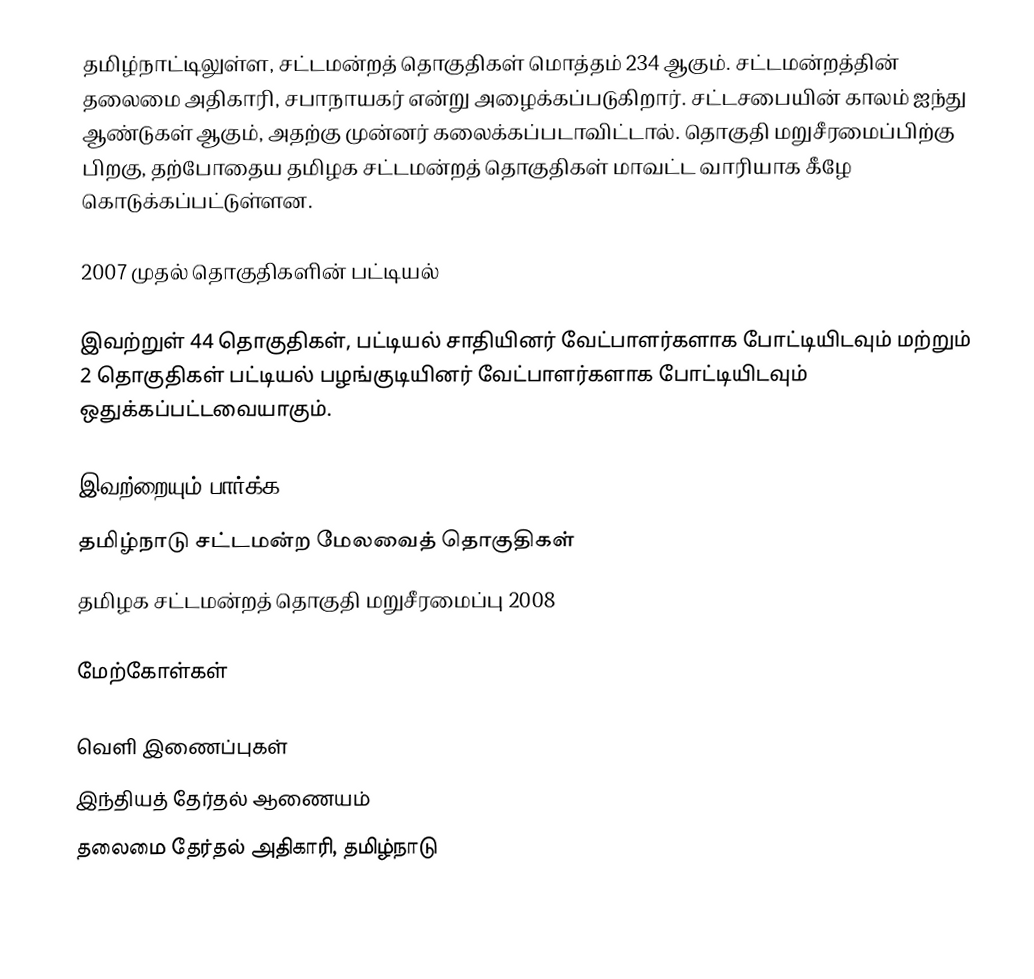
தமிழ்நாட்டிலுள்ள, சட்டமன்றத் தொகுதிகள் மொத்தம் 234 ஆகும். சட்டமன்றத்தின் தலைமை அதிகாரி, சபாநாயகர் என்று அழைக்கப்படுகிறார். சட்டசபையின் காலம் ஐந்து ஆண்டுகள் ஆகும், அதற்கு முன்னர் கலைக்கப்படாவிட்டால். தொகுதி மறுசீரமைப்பிற்கு பிறகு, தற்போதைய தமிழக சட்டமன்றத் தொகுதிகள் மாவட்ட வாரியாக கீழே கொடுக்கப்பட்டுள்ளன.

2007 முதல் தொகுதிகளின் பட்டியல்

இவற்றுள் 44 தொகுதிகள், பட்டியல் சாதியினர் வேட்பாளர்களாக போட்டியிடவும் மற்றும் 2 தொகுதிகள் பட்டியல் பழங்குடியினர் வேட்பாளர்களாக போட்டியிடவும் ஒதுக்கப்பட்டவையாகும்.

இவற்றையும் பார்க்க
தமிழ்நாடு சட்டமன்ற மேலவைத் தொகுதிகள்
தமிழக சட்டமன்றத் தொகுதி மறுசீரமைப்பு 2008

மேற்கோள்கள்

வெளி இணைப்புகள்
 இந்தியத் தேர்தல் ஆணையம்
 தலைமை தேர்தல் அதிகாரி, தமிழ்நாடு